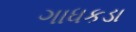
ગાધકડા